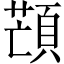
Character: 𩓜